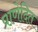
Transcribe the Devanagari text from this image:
प्राणेदित